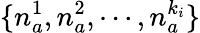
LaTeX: \{ n_{a}^{1},n_{a}^{2},\cdots,n_{a}^{k_{i}}\}